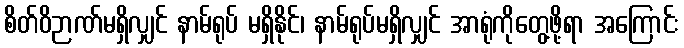
စိတ်ဝိဉာဏ်မရှိလျှင် နာမ်ရုပ် မရှိနိုင်၊ နာမ်ရုပ်မရှိလျှင် အာရုံကိုတွေ့ဖို့ရာ အကြောင်း